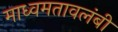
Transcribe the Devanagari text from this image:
माध्वमतावलंबी